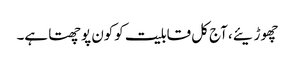
چھوڑیئے، آج کل قابلیت کوکون پوچھتا ہے۔